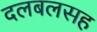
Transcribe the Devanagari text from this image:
दलबलसह